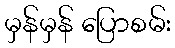
မှန်မှန် ပြောစမ်း